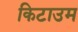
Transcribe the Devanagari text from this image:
किटाउम